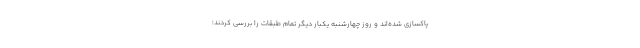
پاکسازی شده‌اند و روز چهارشنبه یکبار دیگر تمام طبقات را بررسی کردند؛